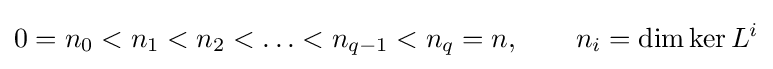
0=n_{0}<n_{1}<n_{2}<\ldots <n_{q-1}<n_{q}=n,\qquad n_{i}=\dim \ker L^{i}